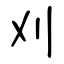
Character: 刈